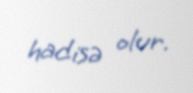
hadisə olur.